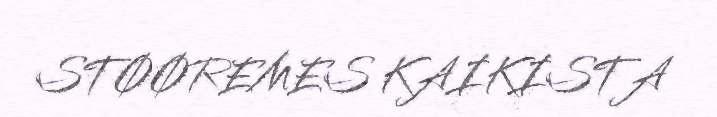
STØØREMES KAIKISTA